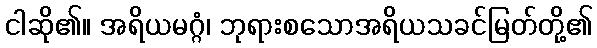
ငါဆို၏။ အရိယမဂ္ဂံ၊ ဘုရားစသောအရိယသခင်မြတ်တို့၏